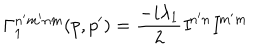
\Gamma _ { 1 } ^ { n ^ { \prime } m ^ { \prime } n m } ( p , p ^ { \prime } ) = \frac { - i \lambda _ { 1 } } { 2 } { \it I } ^ { n ^ { \prime } n } { \it I } ^ { m ^ { \prime } m }